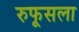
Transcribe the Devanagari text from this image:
रुफूसला